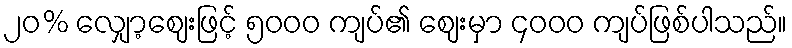
၂၀% လျှော့ဈေးဖြင့် ၅၀၀၀ ကျပ်၏ ဈေးမှာ ၄၀၀၀ ကျပ်ဖြစ်ပါသည်။